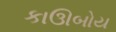
કાઊબોય